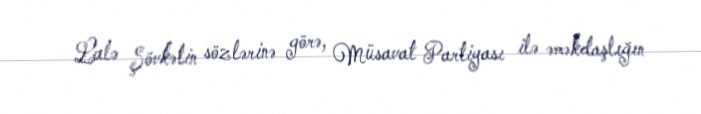
Lalə Şövkətin sözlərinə görə, Müsavat Partiyası ilə əməkdaşlığın